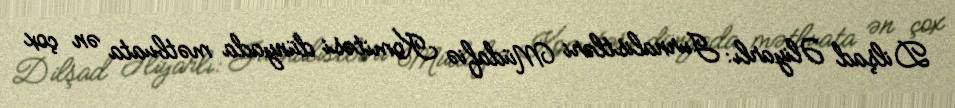
Dilşad Əliyarlı: Jurnalistləri Müdafiə Komitəsi dünyada mətbuata ən çox